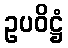
ဥပဝိဋ္ဌံ